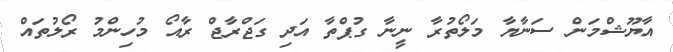
އާޔޫޝްމަން ސަނާޔާ މަލޯތުރާ ނީނާ ގުޕްތާ އަދި ގަޖްރާޖް ރާއޯ މުހިންމު ރޯލުތައް